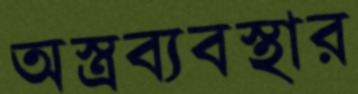
অস্ত্রব্যবস্থার